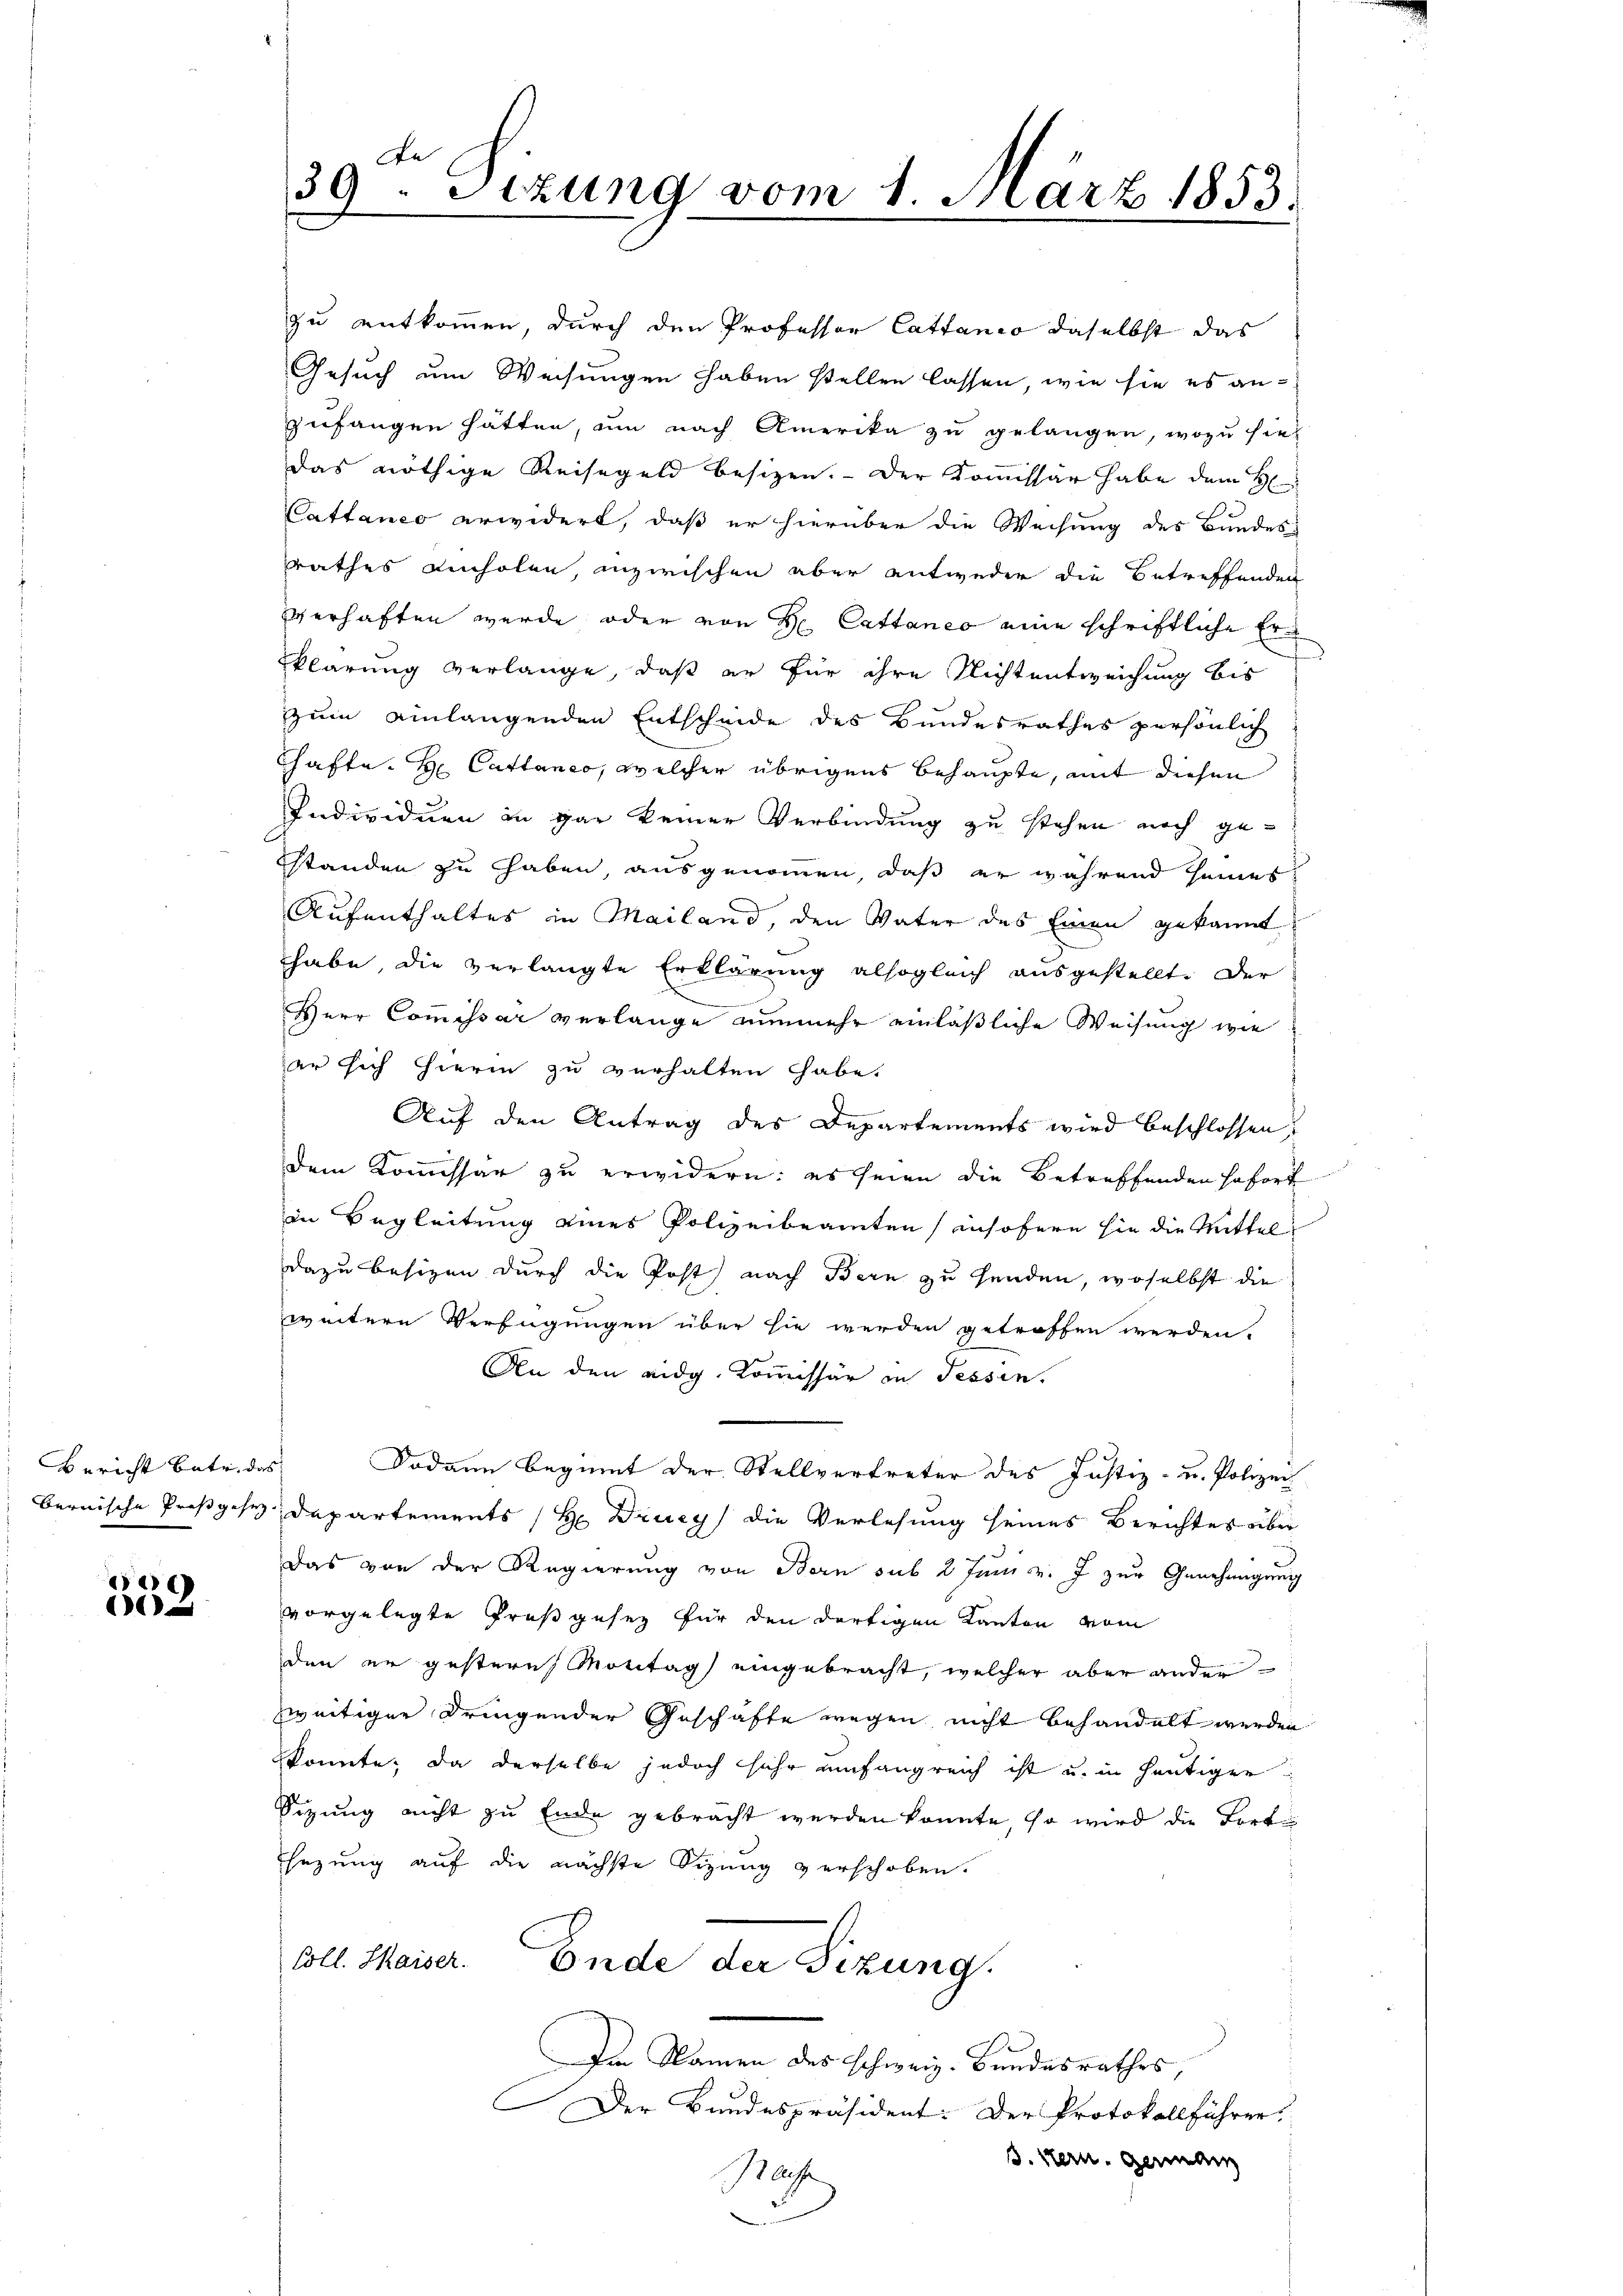
Bericht betr. das

284)
1

zu entkommen, durch den Professor Cattanio daselbst das
Gesuch um Weisungen haben stellen lassen, wie sie es anzufangen hätten, um nach Amerika zu gelangen, wozu sie
das nöthige Reisegeld besizen. Der Kommissär habe dem H
Cattanco erwidert, daß er hierüber die Weisung des Bundes-
rrathes Einholen, inzwischen aber entweder die Betreffenden
verhaften wurde oder von H. Cattanco eine schriftliche Erklärung verlange, daß er für ihre Nichtentweichung bis
zum einlangenden Entscheide des Bundesrathes persönlich
hafte. H. Cattanco, welcher übrigens behaupte, mit diesen
Individuen in gar keiner Verbindung zu stehen noch gestanden zu haben, ausgenommen, daß er während seines
Aufenthaltes in Mailand, den Vater des Einen gekannt
habe, die verlangte Erklärung alsogleich ausgestellt. Der
Herr Commissar verlange nunmehr einläßliche Weisung wie
er sich hierin zu verhalten habe.
Auf den Antrag des Departements wird beschlossen,
dem Kommissär zu erwidern: es seien die betreffenden sofort
in Begleitung eines Polizeibeamten insofern sie die Mittel
dazu besizen durch die Post nach Bern zu senden, woselbst die
weitere Verfügungen über sie werden getroffen werden.
An den eidg. Kommissär in Tessin.
Sodann beginnt der Stellvertreter des Justiz- u. Polizei
bernische Prospese Departements H: Drey die Verlesung seines Berichtes über
Das von der Regierung von Bern sub 2 Juni v. J. zur Genehmigung
vorgelegte Preßgesez für den dortigen Kanton vom
den er gestern Montag eingebracht, welcher aber ander
zweitiger dringender Geschäfte wegen nicht behandelt werden.
konnte, da derselbe jedoch sehr umfangreich ist u. in heutigen
Sizung nicht zu Ende gebracht werden konnte, so wird die Fort¬
Ehnzung auf die nächste Sizung verschoben.
Coll. Maiser. Ende der Sizung.
Im Namen des schweiz. Bundesrathes,
Der Bundespräsident: Der Protokollführer
3. kern. Germann
Sache

A
39. Sizung vom 1. März 1853.